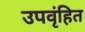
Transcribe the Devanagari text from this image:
उपवृंहित